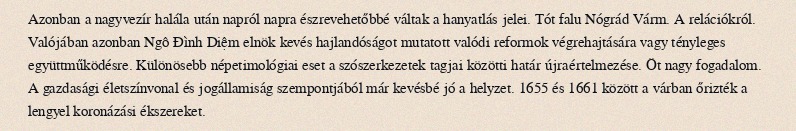
Azonban a nagyvezír halála után napról napra észrevehetőbbé váltak a hanyatlás jelei. Tót falu Nógrád Várm. A relációkról. Valójában azonban Ngô Đình Diệm elnök kevés hajlandóságot mutatott valódi reformok végrehajtására vagy tényleges együttműködésre. Különösebb népetimológiai eset a szószerkezetek tagjai közötti határ újraértelmezése. Öt nagy fogadalom. A gazdasági életszínvonal és jogállamiság szempontjából már kevésbé jó a helyzet. 1655 és 1661 között a várban őrizték a lengyel koronázási ékszereket.